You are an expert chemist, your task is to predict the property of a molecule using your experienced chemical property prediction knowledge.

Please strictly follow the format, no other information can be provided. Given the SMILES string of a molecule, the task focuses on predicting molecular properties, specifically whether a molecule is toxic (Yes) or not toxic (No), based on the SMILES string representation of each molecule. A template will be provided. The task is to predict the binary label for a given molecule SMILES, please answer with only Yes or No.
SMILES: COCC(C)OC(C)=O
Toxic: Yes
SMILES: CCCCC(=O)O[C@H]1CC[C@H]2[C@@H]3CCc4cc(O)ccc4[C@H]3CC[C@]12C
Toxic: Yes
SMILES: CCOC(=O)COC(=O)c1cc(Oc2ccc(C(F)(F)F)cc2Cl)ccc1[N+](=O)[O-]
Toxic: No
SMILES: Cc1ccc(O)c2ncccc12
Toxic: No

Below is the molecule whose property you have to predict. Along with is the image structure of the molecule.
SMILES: CC(O)C(=O)O.CCCCCCCCCCCCCCNCCO
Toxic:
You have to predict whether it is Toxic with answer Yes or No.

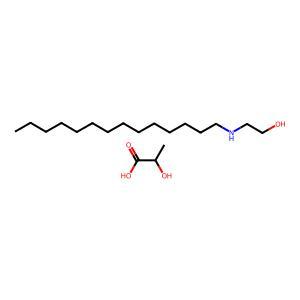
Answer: No